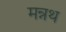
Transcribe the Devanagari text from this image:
मन्नथ